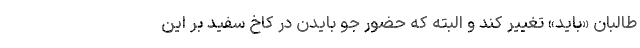
طالبان «بايد» تغيير كند و البته كه حضور جو بايدن در كاخ سفيد بر اين